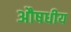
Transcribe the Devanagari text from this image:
अौषधीय